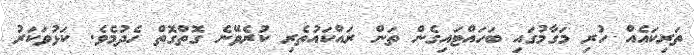
ތަރިކައެއް ހުރި މަގާމުގައި ބަހައްޓައިގެން ތަން ރައްކައުތެރި ކުރެވޭނެ ގޮތްގޮތް ހެދުމެވެ. ކަޅުވަކަރު